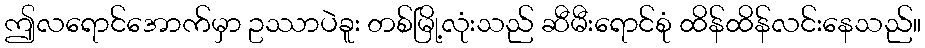
ဤလရောင်အောက်မှာ ဥဿာပဲခူး တစ်မြို့လုံးသည် ဆီမီးရောင်စုံ ထိန်ထိန်လင်းနေသည်။